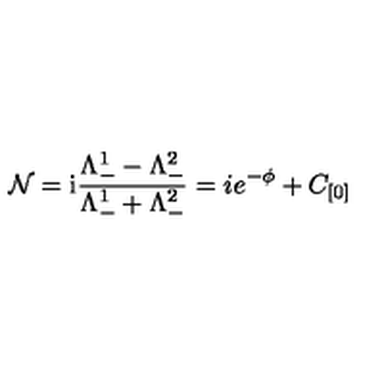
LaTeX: \mathcal { N } = \mathrm { i } \frac { \Lambda _ { - } ^ { 1 } - \Lambda _ { - } ^ { 2 } } { \Lambda _ { - } ^ { 1 } + \Lambda _ { - } ^ { 2 } } = i e ^ { - \phi } + C _ { [ 0 ] }